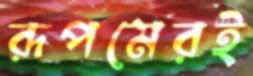
রূপমেরই